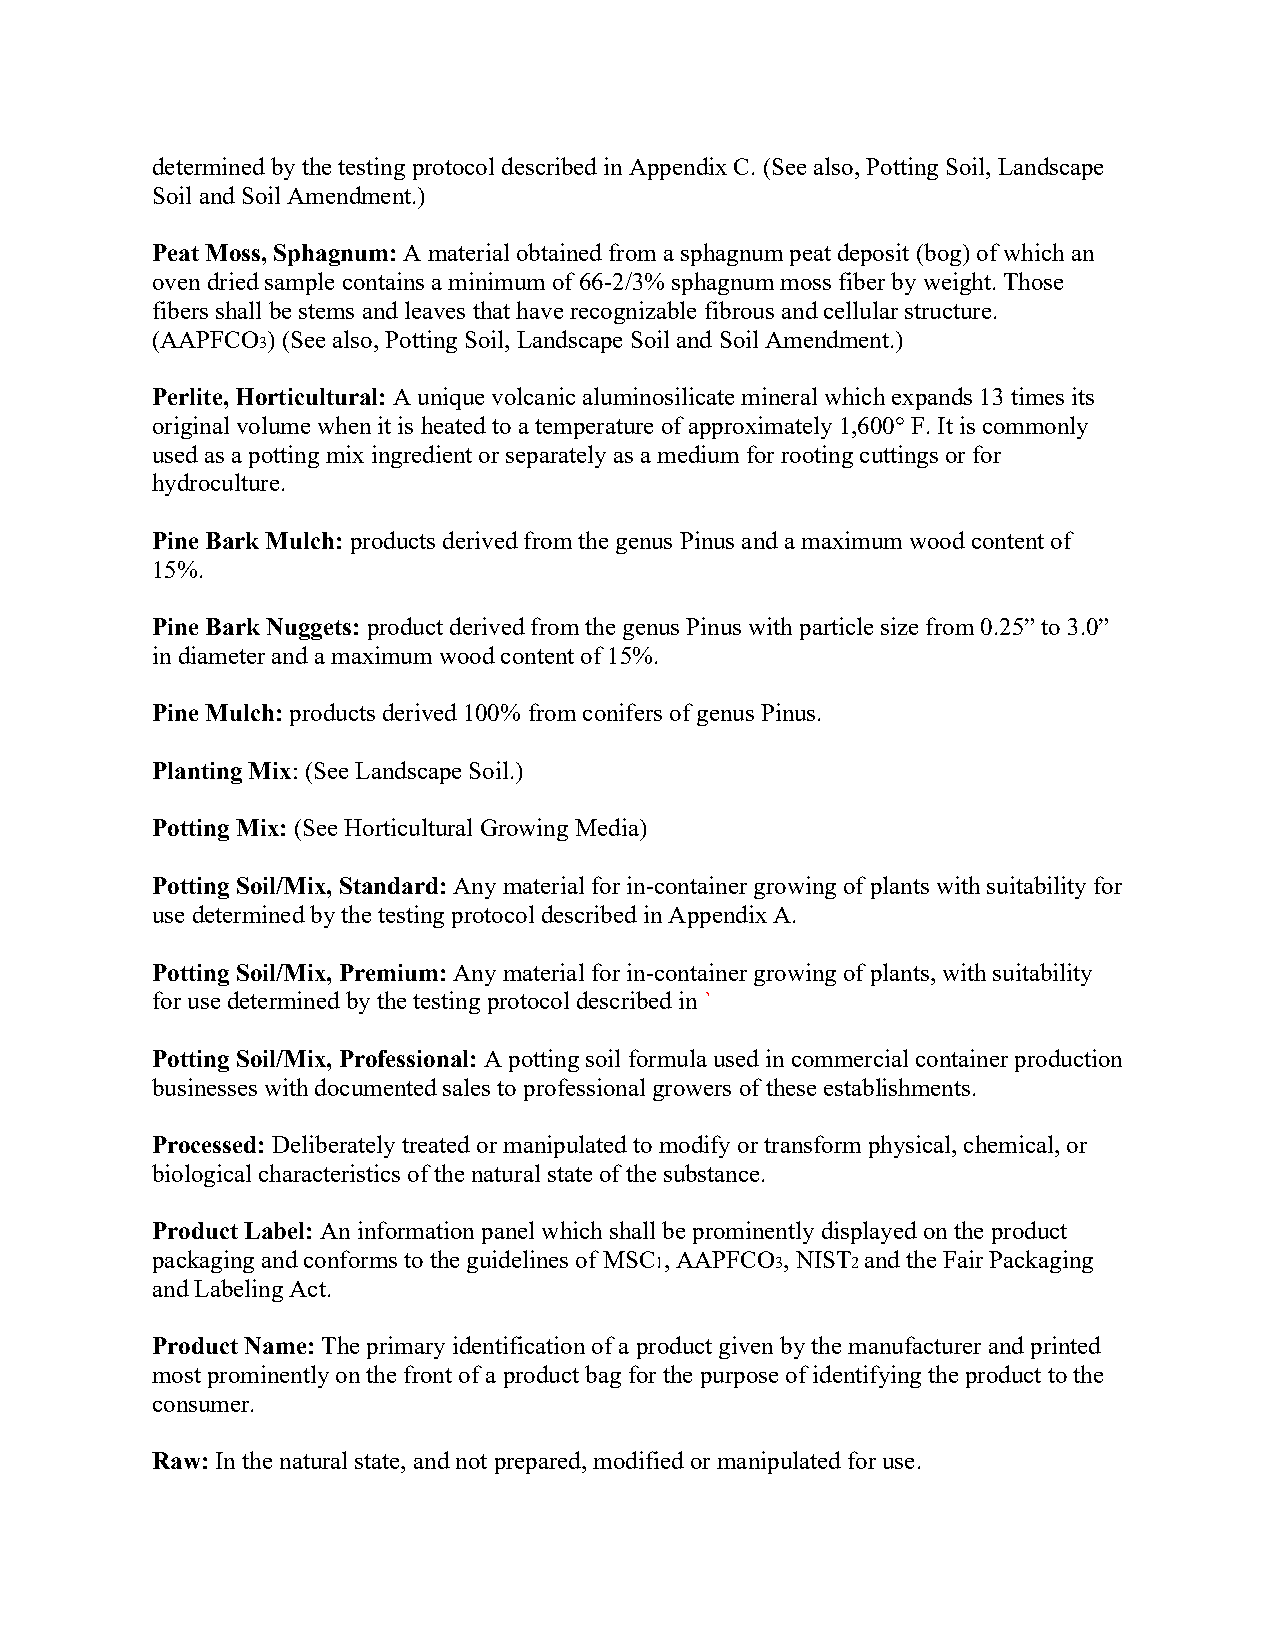
determined by the testing protocol described in Appendix C. (See also, Potting Soil, Landscape
 Soil and Soil Amendment.)
 Peat Moss, Sphagnum: A material obtained from a sphagnum peat deposit (bog) of which an
 oven dried sample contains a minimum of 66-2/3% sphagnum moss fiber by weight. Those
 fibers shall be stems and leaves that have recognizable fibrous and cellular structure.
 (AAPFCO ) (See also, Potting Soil, Landscape Soil and Soil Amendment.)
 3
 Perlite, Horticultural: A unique volcanic aluminosilicate mineral which expands 13 times its
 original volume when it is heated to a temperature of approximately 1,600° F. It is commonly
 used as a potting mix ingredient or separately as a medium for rooting cuttings or for
 hydroculture.
 Pine Bark Mulch: products derived from the genus Pinus and a maximum wood content of
 15%.
 Pine Bark Nuggets: product derived from the genus Pinus with particle size from 0.25” to 3.0”
 in diameter and a maximum wood content of 15%.
 Pine Mulch: products derived 100% from conifers of genus Pinus.
 Planting Mix: (See Landscape Soil.)
 Potting Mix: (See Horticultural Growing Media)
 Potting Soil/Mix, Standard: Any material for in-container growing of plants with suitability for
 use determined by the testing protocol described in Appendix A.
 Potting Soil/Mix, Premium: Any material for in-container growing of plants, with suitability
 for use determined by the testing protocol described in `
 Potting Soil/Mix, Professional: A potting soil formula used in commercial container production
 businesses with documented sales to professional growers of these establishments.
 Processed: Deliberately treated or manipulated to modify or transform physical, chemical, or
 biological characteristics of the natural state of the substance.
 Product Label: An information panel which shall be prominently displayed on the product
 packaging and conforms to the guidelines of MSC , AAPFCO , NIST and the Fair Packaging
 1       3    2
 and Labeling Act.
 Product Name: The primary identification of a product given by the manufacturer and printed
 most prominently on the front of a product bag for the purpose of identifying the product to the
 consumer.
 Raw: In the natural state, and not prepared, modified or manipulated for use.